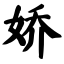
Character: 娇